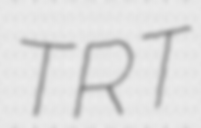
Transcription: TRT